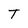
Character: T